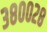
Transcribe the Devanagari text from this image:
३८००२८